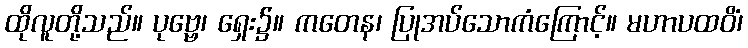
ထိုလူတို့သည်။ ပုဗ္ဗေ၊ ရှေး၌။ ကတေန၊ ပြုအပ်သောကံကြောင့်။ မဟာပထဝိံ၊